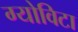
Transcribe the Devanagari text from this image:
ग्योविटा